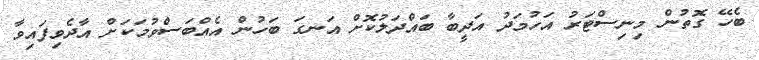
ބެހޭ ގޮތުން މިނިސްޓަރު އަހުމަދު އަދީބާ ބައްދަލުކޮށް އަނގަ ބަހުން އެއްބަސްވުމަކަށް އާދެވިފައިވާ